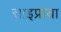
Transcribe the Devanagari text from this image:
साइप्राया